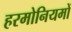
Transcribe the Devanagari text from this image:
हरमोनियमों